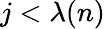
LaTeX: j<\lambda(n)